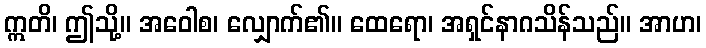
ဣတိ၊ ဤသို့။ အဝေါစ၊ လျှောက်၏။ ထေရော၊ အရှင်နာဂသိန်သည်။ အာဟ၊